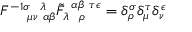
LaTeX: F _ { ~ ~ ~ ~ \mu \nu ~ \alpha \beta } ^ { - 1 \sigma ~ ~ \lambda } \tilde { F } _ { \lambda ~ ~ \rho } ^ { ~ \alpha \beta ~ \tau \epsilon } = \delta _ { \rho } ^ { \sigma } \delta _ { \mu } ^ { \tau } \delta _ { \nu } ^ { \epsilon }